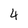
Character: 4